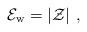
LaTeX: \begin{align*}{\cal E}_{\rm w}=\left|{\cal Z}\right|\,,\end{align*}